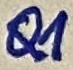
Text: Q1